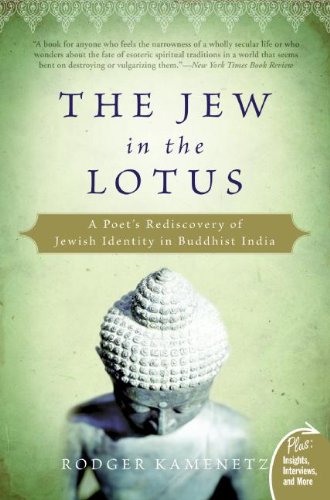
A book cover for The Jew in the Lotus: A Poet's Rediscovery of Jewish Identity in Buddhist India (Plus); Rodger Kamenetz; Religion & Spirituality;